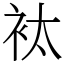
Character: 𧘹